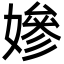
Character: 㜗